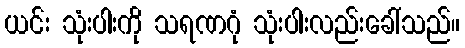
ယင်း သုံးပါးကို သရဏဂုံ သုံးပါးလည်းခေါ်သည်။